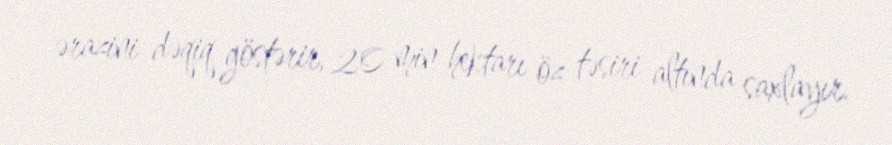
ərazini dəqiq göstərir, 20 min hektarı öz təsiri altında saxlayır.